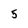
Character: 5